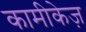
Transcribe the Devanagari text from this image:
कामीकेज़